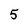
Character: 5